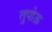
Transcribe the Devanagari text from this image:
तुपोऊ